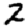
Digit: 2